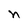
Character: n